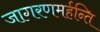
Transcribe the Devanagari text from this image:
जागरणमर्हन्ति